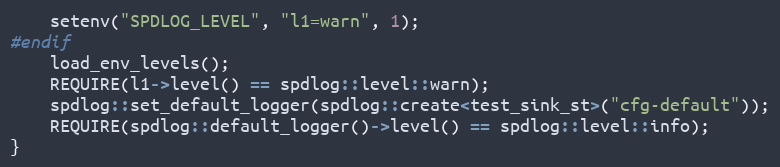
Language: C++
    setenv("SPDLOG_LEVEL", "l1=warn", 1);
#endif
    load_env_levels();
    REQUIRE(l1->level() == spdlog::level::warn);
    spdlog::set_default_logger(spdlog::create<test_sink_st>("cfg-default"));
    REQUIRE(spdlog::default_logger()->level() == spdlog::level::info);
}